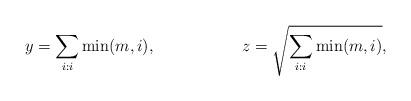
LaTeX: \begin{align*}y &= \sum _{i:i } \min(m, i), &z &= \sqrt{\sum _{i:i }\min(m,i)},\end{align*}